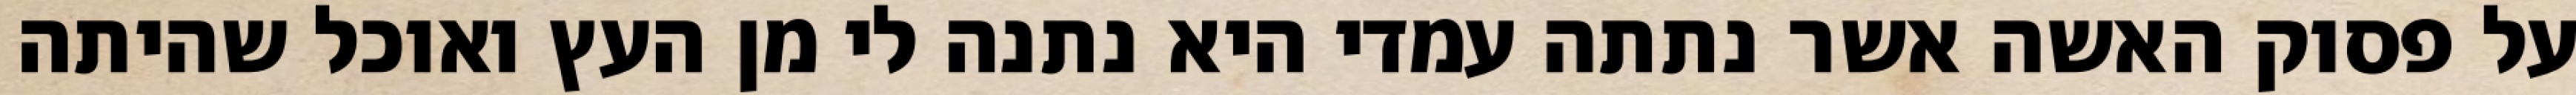
על פסוק האשה אשר נתתה עמדי היא נתנה לי מן העץ ואוכל שהיתה